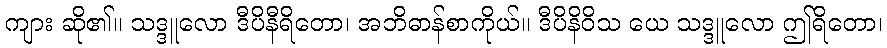
ကျား ဆို၏။ သဒ္ဒူလော ဒီပိနီရိတော၊ အဘိဓာန်စာကိုယ်။ ဒီပိနိဝိသ ယေ သဒ္ဒူလော ဤရိတော၊